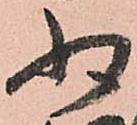
少